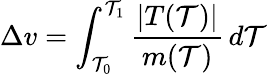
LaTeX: \Delta{v}=\int_{\mathcal{T}_{0}}^{\mathcal{T}_{1}}{\frac{{|T(\mathcal{T})|}}{{m(\mathcal{T})}}}\, d\mathcal{T}